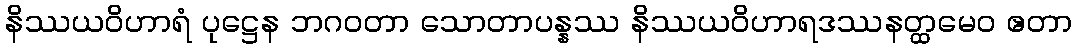
နိဿယဝိဟာရံ ပုဋ္ဌေန ဘဂဝတာ သောတာပန္နဿ နိဿယဝိဟာရဒဿနတ္ထမေဝ ဧတာ